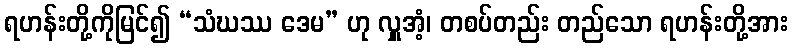
ရဟန်းတို့ကိုမြင်၍ “သံဃဿ ဒေမ” ဟု လှူအံ့၊ တစပ်တည်း တည်သော ရဟန်းတို့အား